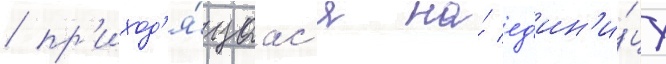
/ пр'иход'я́щаас'я на́ ед'ин'и́цу